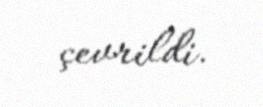
çevrildi.